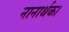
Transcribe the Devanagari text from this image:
नानार्थक।